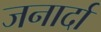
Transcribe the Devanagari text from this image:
जनार्दा